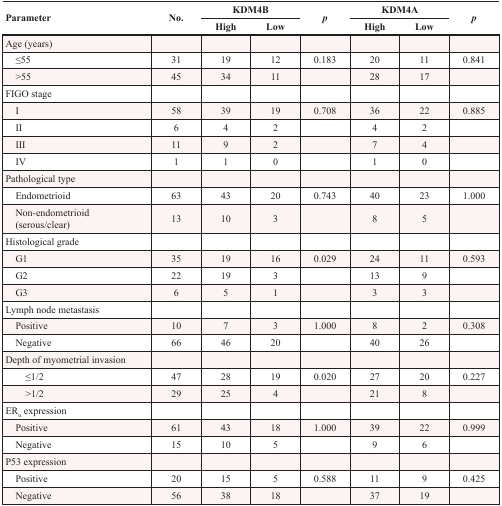
| <ROWSPAN=2> Parameter | <ROWSPAN=2> No. | <COLSPAN=2> KDM4B | <ROWSPAN=2> p | <COLSPAN=2> KDM4A | <ROWSPAN=2> p |
 | High | Low | High | Low |
 | --- | --- | --- | --- | --- | --- | --- | --- |
 | Age (years) |  |  |  |  |  |  |  |
 | ≤55 | 31 | 19 | 12 | 0.183 | 20 | 11 | 0.841 |
 | >55 | 45 | 34 | 11 |  | 28 | 17 |  |
 | FIGO stage |  |  |  |  |  |  |  |
 | I | 58 | 39 | 19 | 0.708 | 36 | 22 | 0.885 |
 | II | 6 | 4 | 2 |  | 4 | 2 |  |
 | III | 11 | 9 | 2 |  | 7 | 4 |  |
 | IV | 1 | 1 | 0 |  | 1 | 0 |  |
 | Pathological type |  |  |  |  |  |  |  |
 | Endometrioid | 63 | 43 | 20 | 0.743 | 40 | 23 | 1.000 |
 | Non-endometrioid (serous/clear) | 13 | 10 | 3 |  | 8 | 5 |  |
 | Histological grade |  |  |  |  |  |  |  |
 | G1 | 35 | 19 | 16 | 0.029 | 24 | 11 | 0.593 |
 | G2 | 22 | 19 | 3 |  | 13 | 9 |  |
 | G3 | 6 | 5 | 1 |  | 3 | 3 |  |
 | Lymph node metastasis |  |  |  |  |  |  |  |
 | Positive | 10 | 7 | 3 | 1.000 | 8 | 2 | 0.308 |
 | Negative | 66 | 46 | 20 |  | 40 | 26 |  |
 | Depth of myometrial invasion |  |  |  |  |  |  |  |
 | ≤1/2 | 47 | 28 | 19 | 0.020 | 27 | 20 | 0.227 |
 | >1/2 | 29 | 25 | 4 |  | 21 | 8 |  |
 | ERα expression |  |  |  |  |  |  |  |
 | Positive | 61 | 43 | 18 | 1.000 | 39 | 22 | 0.999 |
 | Negative | 15 | 10 | 5 |  | 9 | 6 |  |
 | P53 expression |  |  |  |  |  |  |  |
 | Positive | 20 | 15 | 5 | 0.588 | 11 | 9 | 0.425 |
 | Negative | 56 | 38 | 18 |  | 37 | 19 |  |